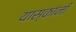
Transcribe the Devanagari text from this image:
यास्कांनी